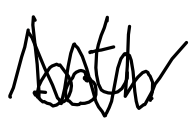
Text: both
Cross-out: zig-zag
Writing tool: digital_black